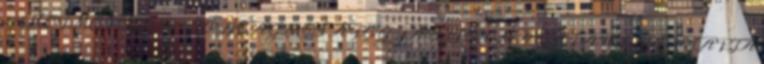
273 HOFMEISTER – TÓTH ÁGNES A FOGYASZTÓI MAGATARTÁS ALAPJA